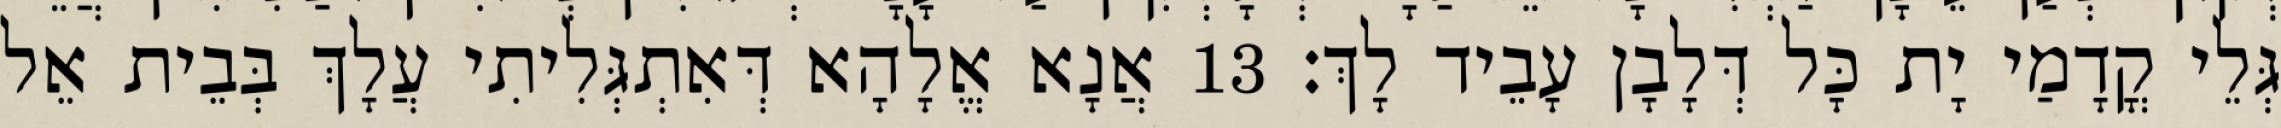
גְּלֵי קֳדָמַי יָת כָּל דְּלָבָן עָבֵיד לָךְ׃ 13 אֲנָא אֱלָהָא דְּאִתְגְּלִיתִי עֲלָךְ בְּבֵית אֵל